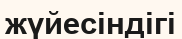
жүйесіндігі